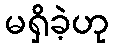
မရှိခဲ့ဟု